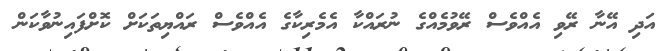
އަދި އޭނާ ރޭވި އެއްވެސް ރޭވުމެއްގެ ނުރައްކާ އެމެރިކާގެ އެއްވެސް ރައްޔިތަކަށް ކޮށްފައިނުވާކަން